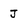
Character: J